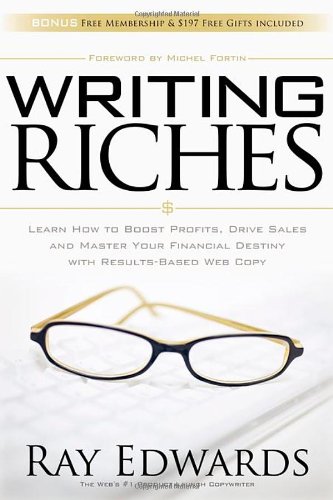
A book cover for Writing Riches: Learn How to Boost Profits, Drive Sales and Master Your Financial Destiny With Results-Based Web Copy; Ray Edwards; Computers & Technology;